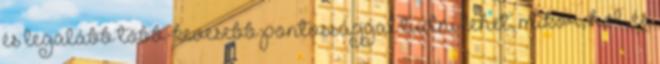
és legalább több-kevesebb pontossággal tudni lehet, mikor, hol, és